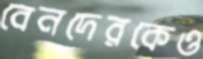
বেনদেরকেও